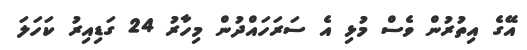
އޭގެ އިތުރުން ވެސް މުޅި އެ ސަރަހައްދުން މިހާރު 24 ގަޑިއިރު ކަހަލަ